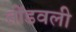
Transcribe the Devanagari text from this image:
तोंडवली